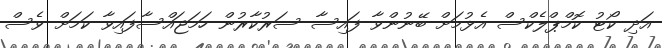
އަދި ކޯޓު ކޮމްޕްލެކްސް އެޅުމަށް ބޭނުންވާ ފައިސާ ސަރުކާރުން ހަމަޖައްސާފައިވާ ކަމަށް ވެސް